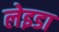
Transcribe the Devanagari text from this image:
लेइडा